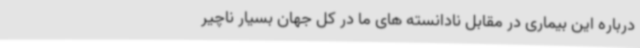
درباره این بیماری در مقابل نادانسته های ما در کل جهان بسیار ناچیر